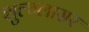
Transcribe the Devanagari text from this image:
शुल्‍ग्‍लासर